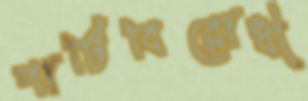
পার্টিবিরোধী